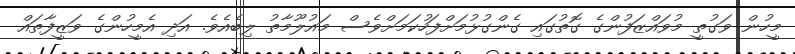
މީހުން ވަގުތީ މުވައްޒަފުންގެ ގޮތުގައި ގެންގުޅުމަށްފަހުކަމަށްވެސް މައުލޫމާތު ލިބެއެވެ. އަދި އެމީހުންގެ ވަޒީފާތައް